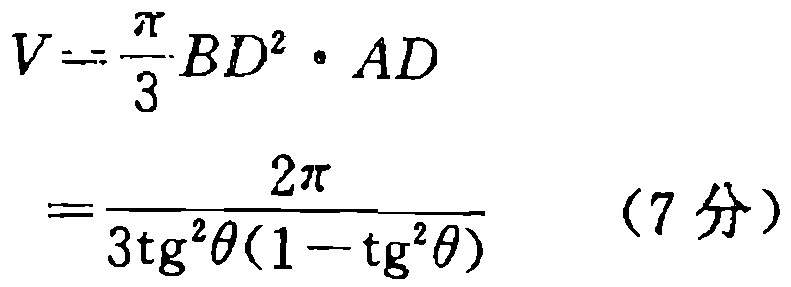
\[

\begin{align*}

V&=\frac{\pi}{3}BD^{2}\cdot AD\\

&=\frac{2\pi}{3\mathrm{tg}^{2}\theta(1 - \mathrm{tg}^{2}\theta)}\quad(7\text{ 分})

\end{align*}

\]